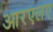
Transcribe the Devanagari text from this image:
आरएलए